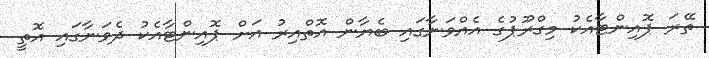
ތޭރަ ޕޮއިންޓާއެކު މިގްރޫޕުގެ އެއްވަނާގައި ބެޔާން އޮތްއިރު އަށް ޕޮއިންޓާއެކު ދެވަނާގައި އޮތީ